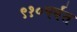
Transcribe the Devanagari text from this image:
९१०पर्यंत